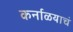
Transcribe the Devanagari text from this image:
कर्नाळयाचं